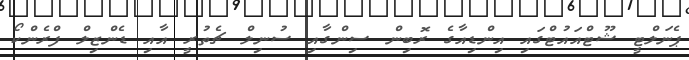
ޕެނަލްޓީ ޝޫޓްއައުޓްގައި އިންޑިއާގެ ރޮބިން ސިންގާއި ސުނިލް ޗެތުރީ އާއި ޑެންޒިލް ފްރެންކޯ